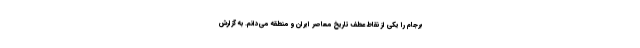
برجام را یکی از نقاط عطف تاریخ معاصر ایران و منطقه می‌دانم. به گزارش